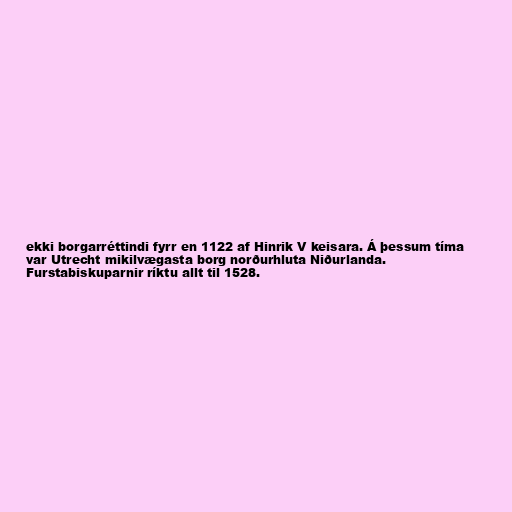
ekki borgarréttindi fyrr en 1122 af Hinrik V keisara. Á þessum tíma
var Utrecht mikilvægasta borg norðurhluta Niðurlanda.
Furstabiskuparnir ríktu allt til 1528.